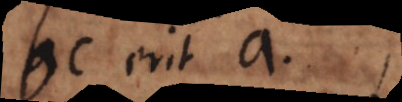
ab erit ac.